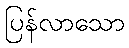
ပြန်လာသော